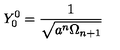
Y _ { 0 } ^ { 0 } = \frac { 1 } { \sqrt { a ^ { n } \Omega _ { n + 1 } } }